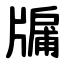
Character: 牖